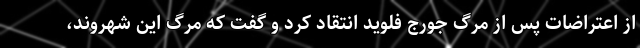
از اعتراضات پس از مرگ جورج فلوید انتقاد کرد و گفت که مرگ این شهروند،